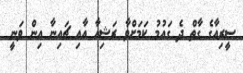
ސީރިއާގެ ގާތް ދެ ގައުމު ކަމަށްވާ ރަޝިއާ އާއި ޗައިނާ އިން ވަނީ